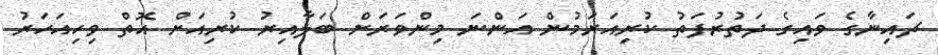
ޗައިނާގެ ވައިގެ ދަތުރުފަތު ކުރިއަރަމުން އަންނަ މިންވަރަށް ބަލާއިރު ކުރިއަށް އޮތް ވިހިއަހަރު